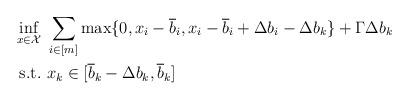
LaTeX: \begin{align*}\inf_{x \in \mathcal{X}} & \ \sum_{i \in [m]} \max\{0, x_i - \overline{b}_i, x_i - \overline{b}_i + \Delta b_i - \Delta b_k \} + \Gamma \Delta b_k \\\mathrm{s.t.} & \ x_k \in [\overline{b}_k - \Delta b_k, \overline{b}_k]\end{align*}